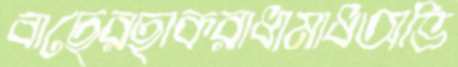
বাছেরছাকরাধামাধঅভি